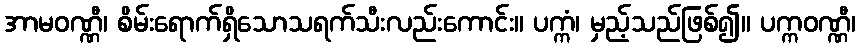
အာမဝဏ္ဏီ၊ စိမ်းရောက်ရှိသောသရက်သီးလည်းကောင်း။ ပက္ကံ၊ မှည့်သည်ဖြစ်၍။ ပက္ကဝဏ္ဏီ၊